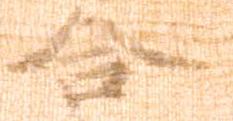
合